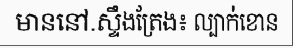
មាននៅ.ស្ទឹងត្រែង៖ ល្បាក់ខោន